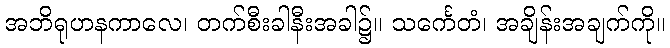
အဘိရုဟနကာလေ၊ တက်စီးခါနီးအခါ၌။ သင်္ကေတံ၊ အချိန်းအချက်ကို။